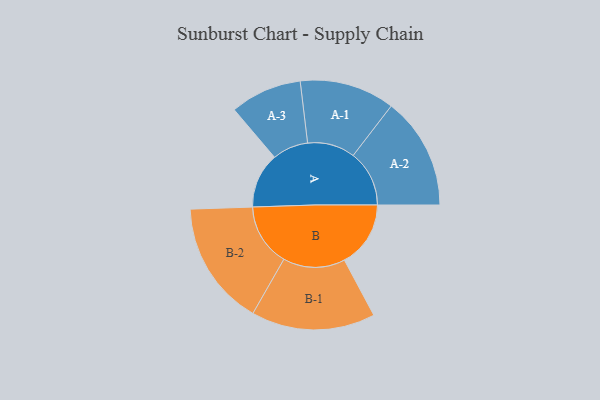
{"axis": {"x": "Segment", "y": "Value"}, "legend": ["", "A", "B"], "data": [{"x": "A", "y": 245, "type": ""}, {"x": "B", "y": 294, "type": ""}, {"x": "A-1", "y": 211, "type": "A"}, {"x": "A-2", "y": 249, "type": "A"}, {"x": "A-3", "y": 159, "type": "A"}, {"x": "B-1", "y": 275, "type": "B"}, {"x": "B-2", "y": 277, "type": "B"}]}